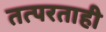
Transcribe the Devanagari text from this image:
तत्परताही